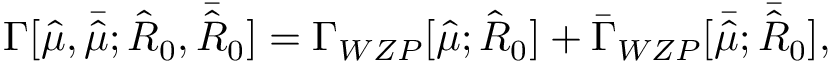
\Gamma [ { \hat { \mu } } , { \bar { \hat { \mu } } } ; { \hat { R } _ { 0 } } , { \bar { \hat { R } _ { 0 } } } ] = \Gamma _ { W Z P } [ { \hat { \mu } } ; { \hat { R } _ { 0 } } ] + { \bar { \Gamma } _ { W Z P } } [ { \bar { \hat { \mu } } } ; { \bar { \hat { R } _ { 0 } } } ] ,